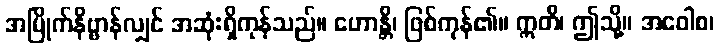
အမြိုက်နိဗ္ဗာန်လျှင် အဆုံးရှိကုန်သည်။ ဟောန္တိ၊ ဖြစ်ကုန်၏။ ဣတိ၊ ဤသို့။ အဝေါစ၊